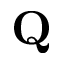
\mathbf { Q }